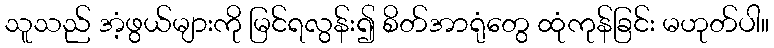
သူသည် အံ့ဖွယ်များကို မြင်ရလွန်း၍ စိတ်အာရုံတွေ ထုံကုန်ခြင်း မဟုတ်ပါ။